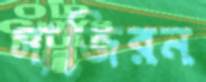
সাজিরন